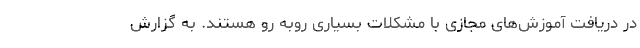
در دریافت آموزش‌های مجازی با مشکلات بسیاری روبه رو هستند. به گزارش